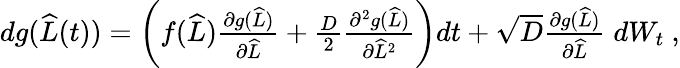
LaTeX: \begin{array}{r}{dg(\widehat{L}(t))=\left(f(\widehat{L})\frac{\partial g(\widehat{L})}{\partial\widehat{L}}+\frac{D}{2}\frac{\partial^{2}g(\widehat{L})}{\partial\widehat{L}^{2}}\right)dt+\sqrt{D}\frac{\partial g(\widehat{L})}{\partial\widehat{L}}\; dW_{t}\ ,}\end{array}